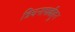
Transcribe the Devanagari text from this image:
त्रिचनापल्लीहून